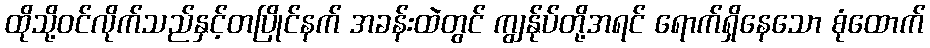
ထိုသို့ဝင်လိုက်သည်နှင့်တပြိုင်နက် အခန်းထဲတွင် ကျွန်ုပ်တို့အရင် ရောက်ရှိနေသော စုံထောက်